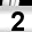
Digit: 2